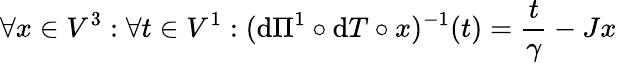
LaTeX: \forall x\in V^{3}:\forall t\in V^{1}:(\mathrm d\Pi^{1}\circ\mathrm dT\circ x)^{-1}(t)=\frac{t}{\gamma}-Jx